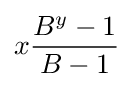
x{\frac {B^{y}-1}{B-1}}